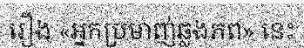
រឿង «អ្នកប្រមាញ់ឆ្លងភព» នេះ